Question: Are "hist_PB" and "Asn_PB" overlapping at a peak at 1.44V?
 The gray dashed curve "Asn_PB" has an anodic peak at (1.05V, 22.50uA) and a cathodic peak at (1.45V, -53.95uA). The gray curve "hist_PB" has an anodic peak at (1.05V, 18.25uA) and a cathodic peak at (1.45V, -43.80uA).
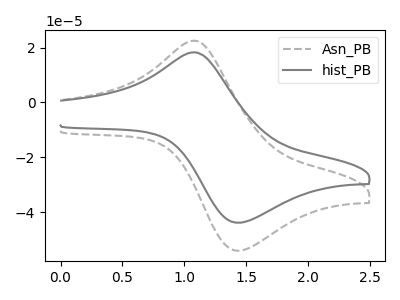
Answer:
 <answer>Yes, "hist_PB" and "Asn_PB" share a peak at 1.44V.</answer>
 <eval>match</eval>